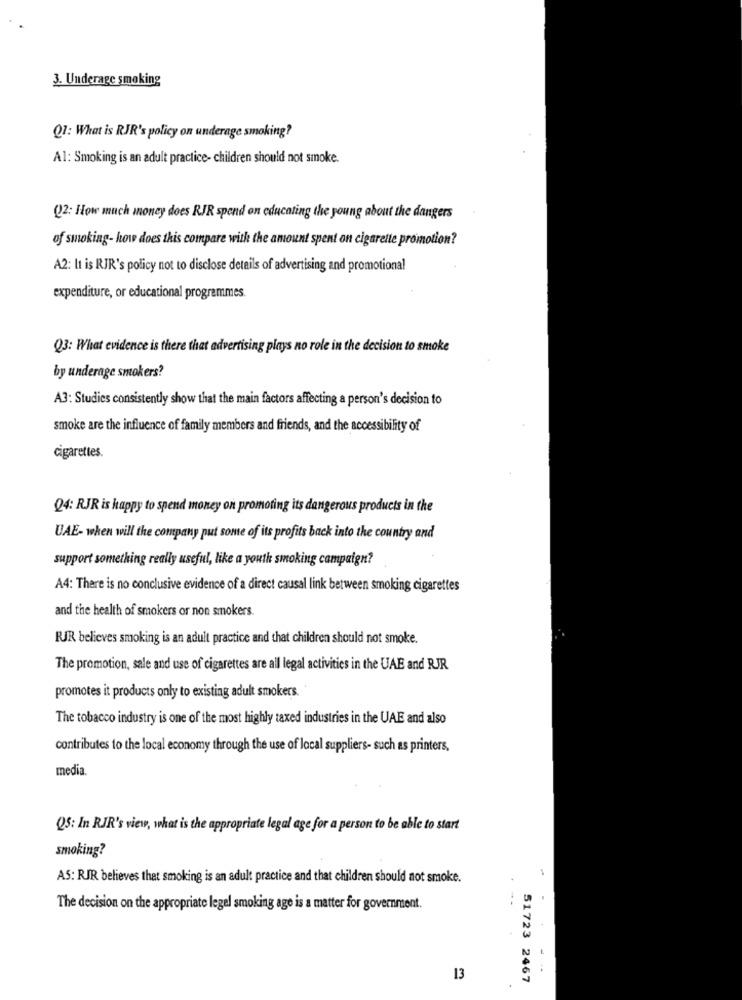
3. Underage smoking
Q1: What is RJR's policy on underage smoking?
Al: Smoking is an adult practice- children should not smoke.
Q)2: How much money does RIR spend on educating the young about the dangers
of smoking- how does this compare with the amount spent on cigarette promotion?
A2: It is RJR's policy not to disclose details of advertising and promotional
expenditure, or educational programmes.
Q3: What evidence is there that advertising plays no role in the decision to smoke
by underage smokers?
A3: Studies consistently show that the main factors affecting a person's decision to
smoke are the influence of family members and friends, and the accessibility of
cigarettes.
Q4: RJR is happy to spend money on promoting its dangerous products in the
UAE- when will the company put some of its profits back into the country and
support something really useful, like a youth smoking campaign?
A4: There is no conclusive evidence of a direct causal link between smoking cigarettes
and the health of smokers or non smokers.
RUJR believes smoking is an adult practice and that children should not smoke.
The promotion, sale and use of cigarettes are all legal activities in the UAE and RJR
promotes it products only to existing adult smokers.
The tobacco industry is one of the most highly taxed industries in the UAE and also
contributes to the local economy through the use of local suppliers- such as printers,
media.
Q5: In RIR's view, what is the appropriate legal age for a person to be able to start
smoking?
AS: RIR believes that smoking is an adult practice and that children should not smoke.
.--
The decision on the appropriate legel smoking age is a matter for government.
13
51723 2467